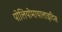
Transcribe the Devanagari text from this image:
पोलियोमायालाइटिस